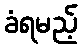
ခံရမည့်